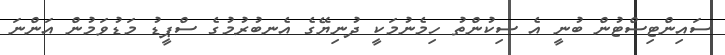
ސައިންޓިސްޓުން ބުނީ އެ ސިކުންތު ހިމެނުމަކީ ދުނިޔޭގެ އެނބުރުމުގެ ސްޕީޑު މަޑުވަމުން އަންނަ